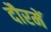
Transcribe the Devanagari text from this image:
दौरमें